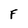
Character: F